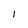
Character: 1